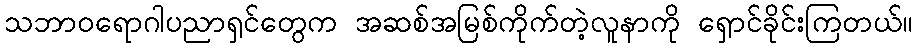
သဘာဝရောဂါပညာရှင်တွေက အဆစ်အမြစ်ကိုက်တဲ့လူနာကို ရှောင်ခိုင်းကြတယ်။